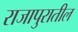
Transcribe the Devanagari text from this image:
राजापुरातील